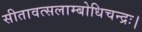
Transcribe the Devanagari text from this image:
सीतावत्सलाम्बोधिचन्द्रः।